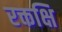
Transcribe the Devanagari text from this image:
रक्तक्षि